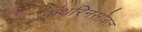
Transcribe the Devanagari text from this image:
कॅथरिनसोबत